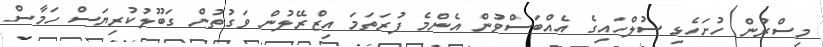
މިސްރުން ހުށަހެޅި ސުލްހައިގެ އެއްބަސްވުން އެންމެ ފުރަތަމަ އިޒްރޭލުން ވަގުތުން ގަބޫލުކުރިޔަސް ހަމާސް